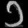
Digit: ၁